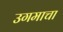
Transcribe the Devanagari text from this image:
उगमाचा